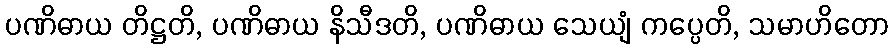
ပဏိဓာယ တိဋ္ဌတိ, ပဏိဓာယ နိသီဒတိ, ပဏိဓာယ သေယျံ ကပ္ပေတိ, သမာဟိတော